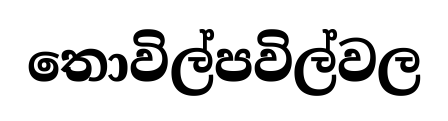
තොවිල්පවිල්වල